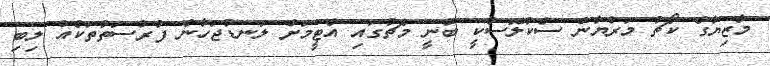
މާޒިޔާގެ ކޯޗު މަރްޔާން ސެކުލޮސްކީ ބުނީ މެޗުގައި އެޓީމަށް ލަނޑުޖަހާނެ ފުރުސަތުތަކެއް ލިބި